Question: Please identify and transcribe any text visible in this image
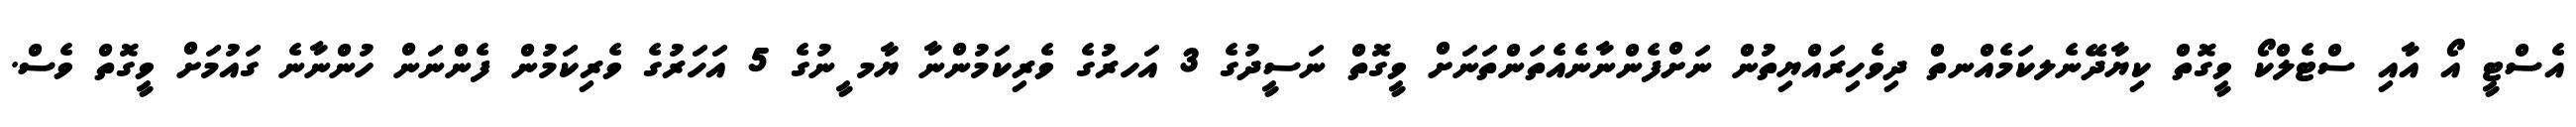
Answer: އެސްޓީ އޯ އާއި ސްޓެލްކޯ ވީގޮތް ކިޔާދޭނެލކަމެއްނތް ދިވެހިރައްޔިތުން ނަށްފެންނާނެއެތަންތަނަށް ވީގޮތް ނަސީދުގެ 3 އަހރުގެ ވެރިކަމުންނާ ޔާމ ީނުގެ 5 އަހަރުގެ ވެރިކަމުން ފެންނަން ހުންނާނެ ގައުމަށް ވީގޮތް ވެސް.